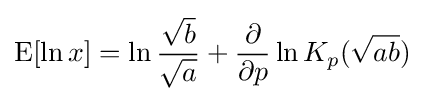
\operatorname {E} [\ln x]=\ln {\frac {\sqrt {b}}{\sqrt {a}}}+{\frac {\partial }{\partial p}}\ln K_{p}({\sqrt {ab}})